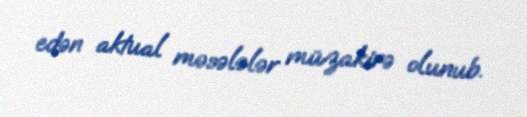
edən aktual məsələlər müzakirə olunub.